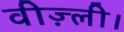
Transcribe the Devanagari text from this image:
वीज़्ली।